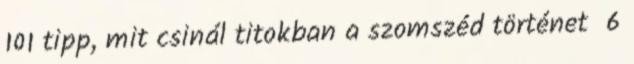
‎101 tipp, mit csinál titokban a szomszéd történet ‎ 6